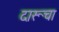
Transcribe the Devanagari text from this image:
दारूचा